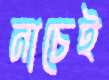
নাচেই